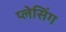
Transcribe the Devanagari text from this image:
प्लेसिंग